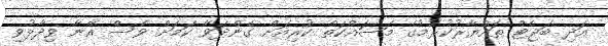
އަދި ބަޖެޓް ތައްޔާރުކުރުމުގެ މަސައްކަތް ކުރިއަށް ގެންދަވާ ކަމަށް ވެސް އޭނާ ވިދާޅުވި